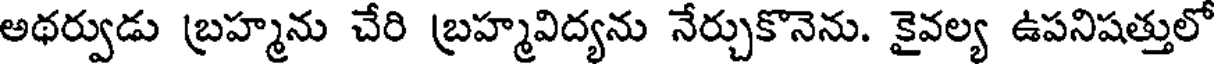
అథర్వుడు బ్రహ్మను చేరి బ్రహ్మవిద్యను నేర్చుకొనెను. కైవల్య ఉపనిషత్తులో